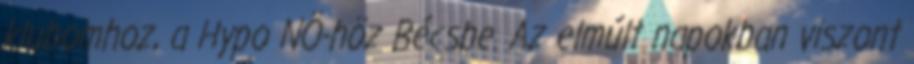
klubomhoz, a Hypo NÖ-höz Bécsbe. Az elmúlt napokban viszont